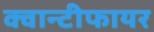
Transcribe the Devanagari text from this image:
क्वान्टीफायर